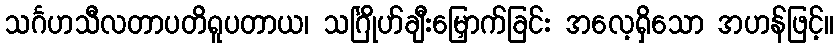
သင်္ဂဟသီလတာပတိရူပတာယ၊ သင်္ဂြိုဟ်ချီးမြှောက်ခြင်း အလေ့ရှိသော အဟန်ဖြင့်။